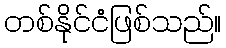
တစ်နိုင်ငံဖြစ်သည်။